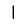
Digit: 1